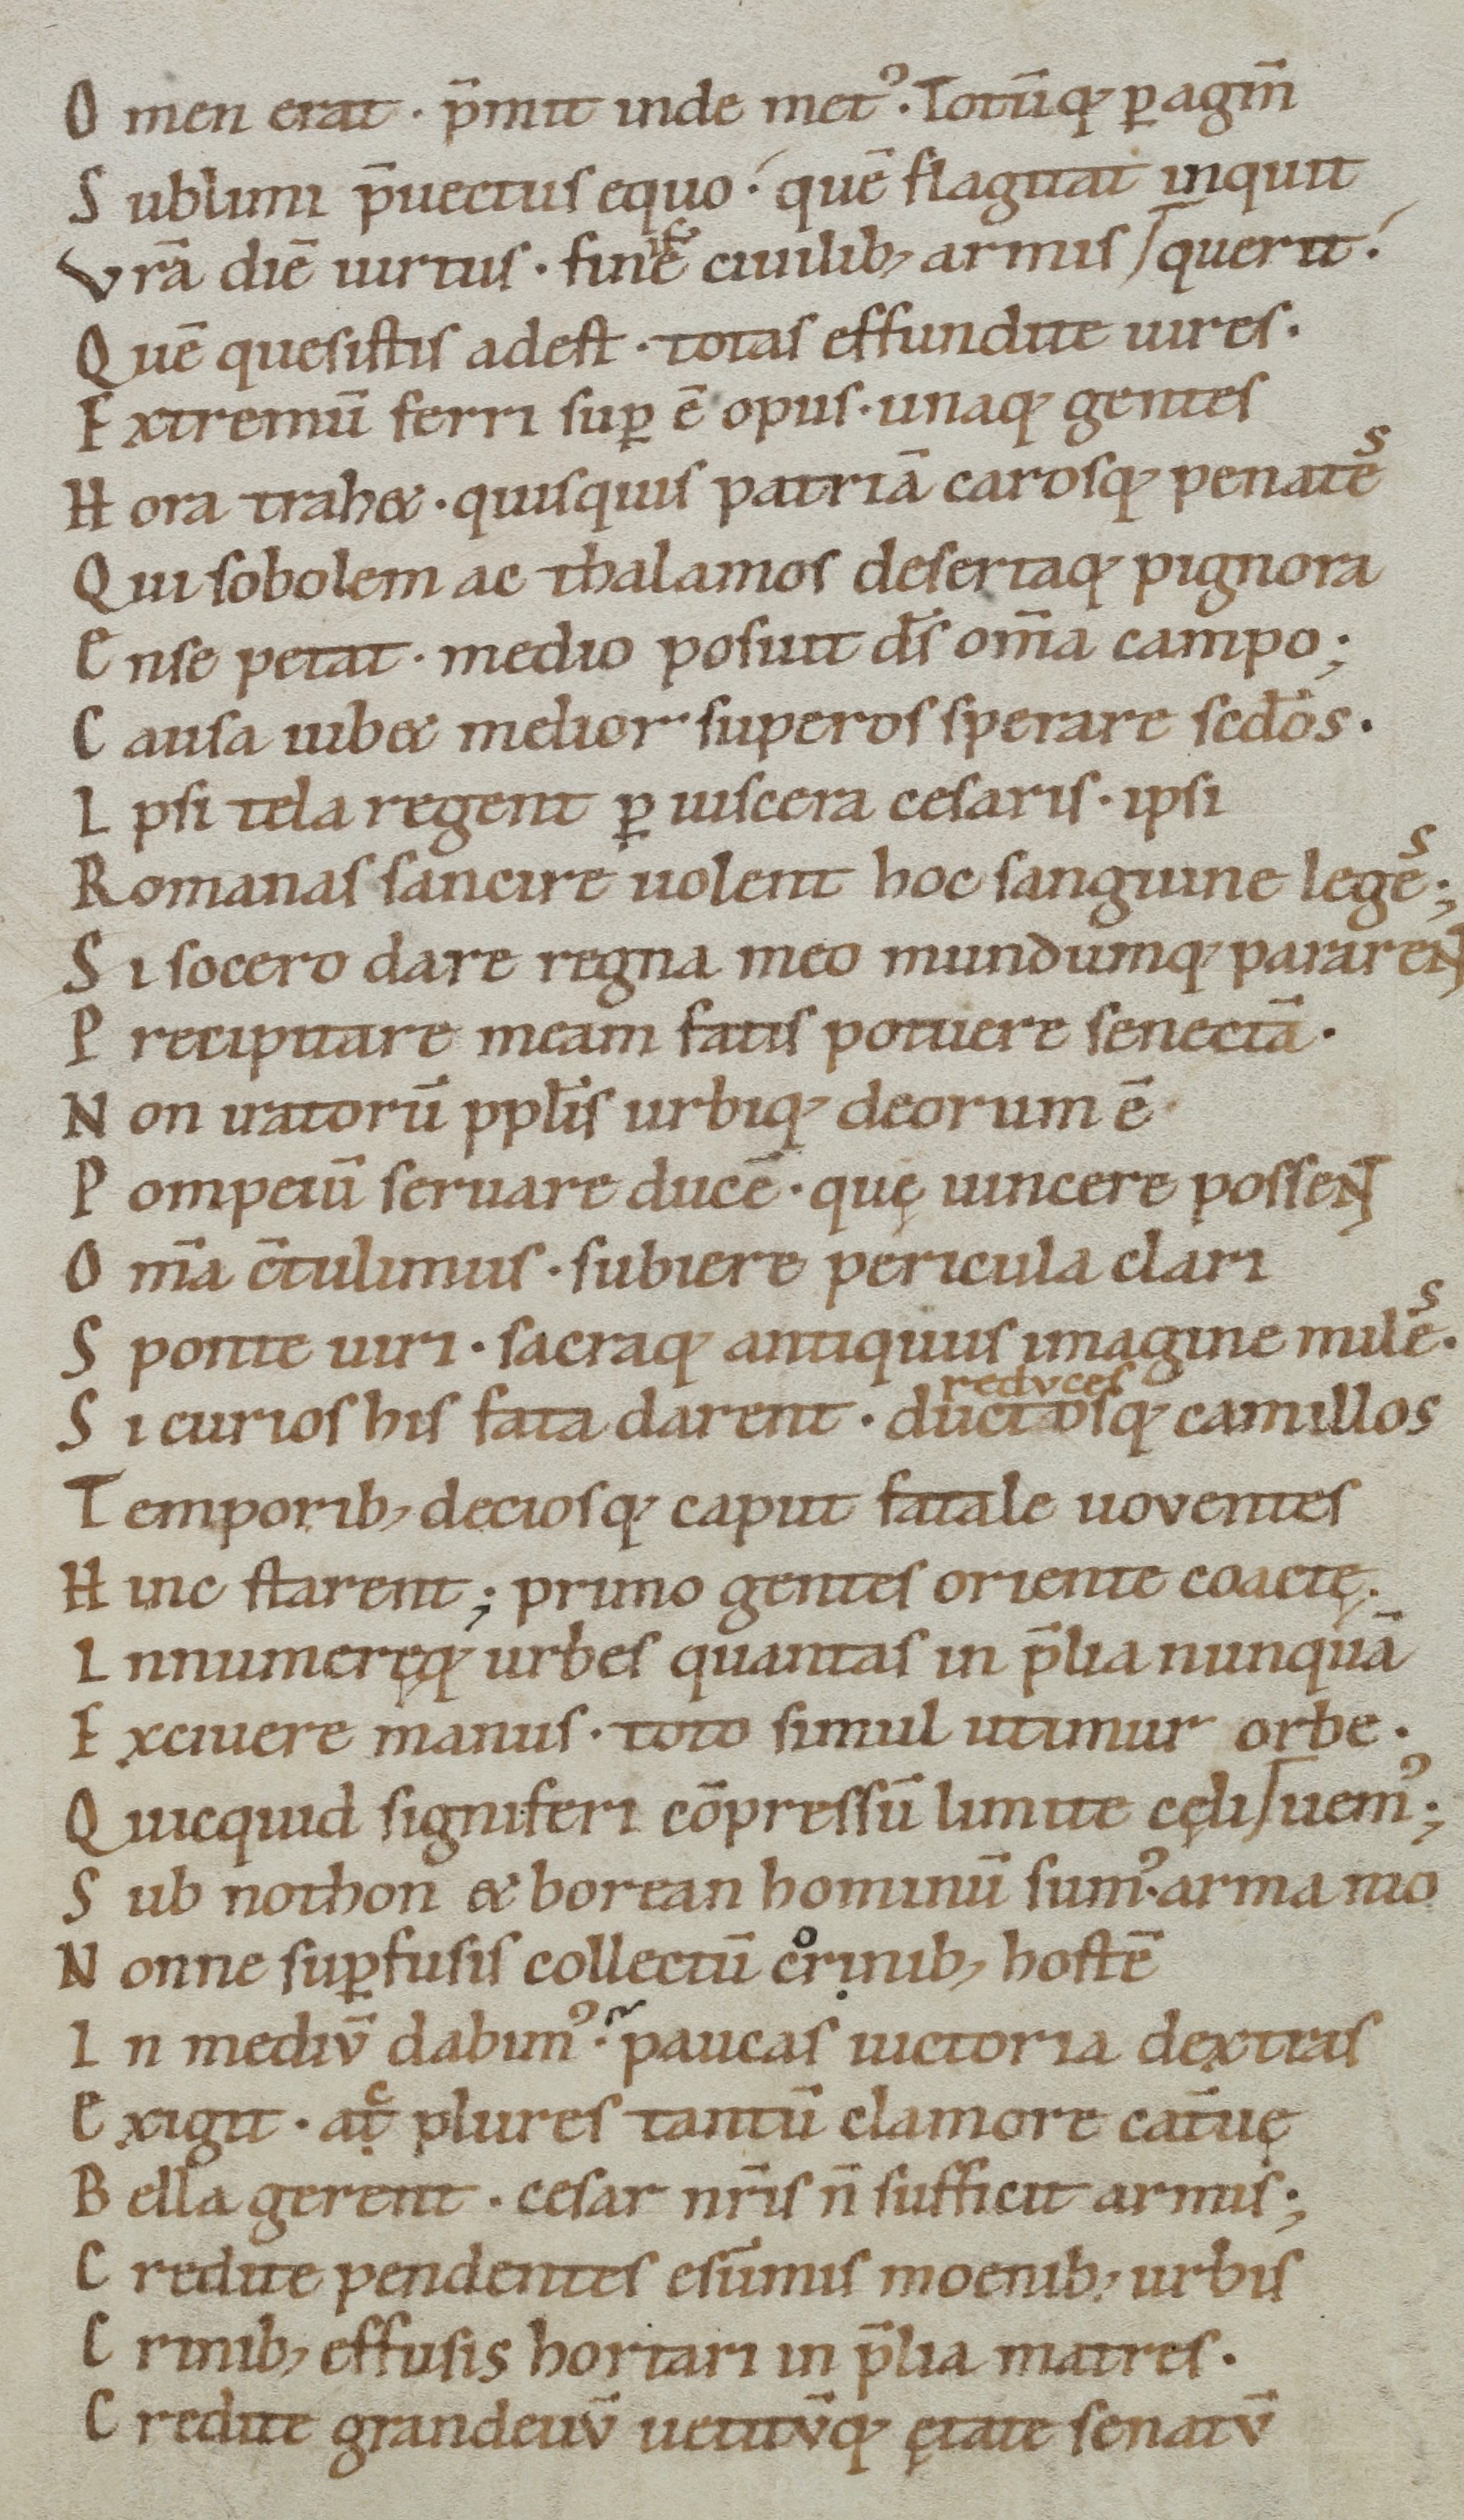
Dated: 1050–1074